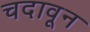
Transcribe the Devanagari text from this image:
चदावून